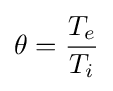
\theta ={\frac {T_{e}}{T_{i}}}